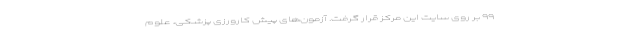
۹۹ بر روی سایت این مرکز قرار گرفت. آزمون‌های پیش کارورزی پزشکی، علوم